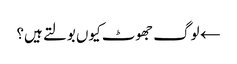
← لوگ جھوٹ کیوں بولتے ہیں؟